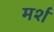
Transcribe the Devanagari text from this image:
मर्श